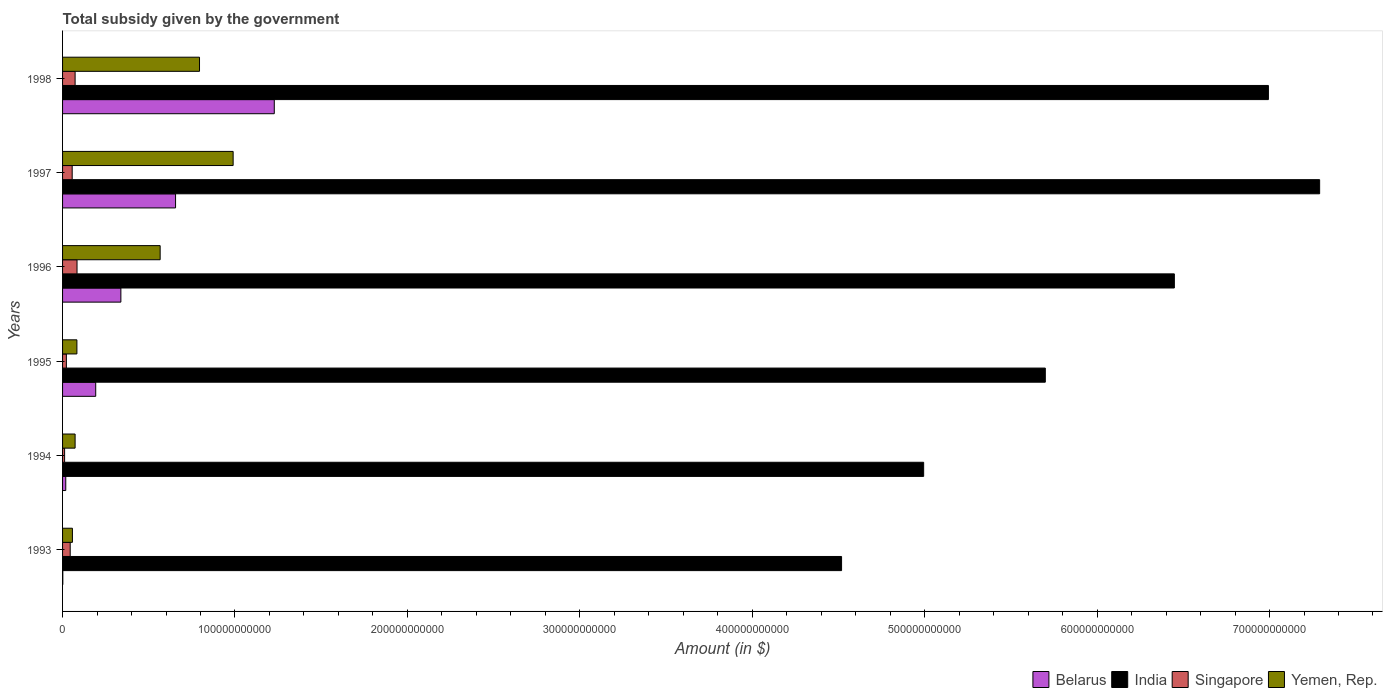
| Years | Belarus | India | Singapore | Yemen, Rep. |
 | --- | --- | --- | --- | --- |
 | 1993 | 1.42e+08 | 4.52e+11 | 4.43e+09 | 5.71e+09 |
 | 1994 | 1.86e+09 | 4.99e+11 | 1.19e+09 | 7.27e+09 |
 | 1995 | 1.92e+10 | 5.7e+11 | 2.21e+09 | 8.32e+09 |
 | 1996 | 3.38e+10 | 6.45e+11 | 8.39e+09 | 5.66e+10 |
 | 1997 | 6.55e+10 | 7.29e+11 | 5.58e+09 | 9.89e+10 |
 | 1998 | 1.23e+11 | 6.99e+11 | 7.28e+09 | 7.94e+10 |